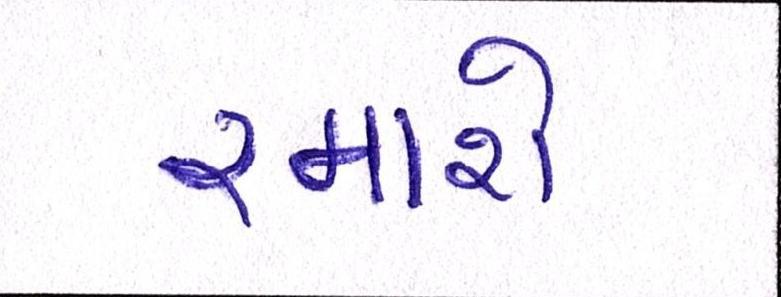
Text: રમાશે